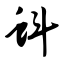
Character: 蚪